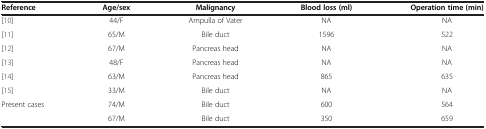
| Reference | Age/sex | Malignancy | Blood loss (ml) | Operation time (min) |
 | --- | --- | --- | --- | --- |
 | [10] | 44/F | Ampulla of Vater | NA | NA |
 | [11] | 65/M | Bile duct | 1596 | 522 |
 | [12] | 67/M | Pancreas head | NA | NA |
 | [13] | 48/F | Pancreas head | NA | NA |
 | [14] | 63/M | Pancreas head | 865 | 635 |
 | [15] | 33/M | Bile duct | NA | NA |
 | <ROWSPAN=2> Present cases | 74/M | Bile duct | 600 | 564 |
 | 67/M | Bile duct | 350 | 659 |